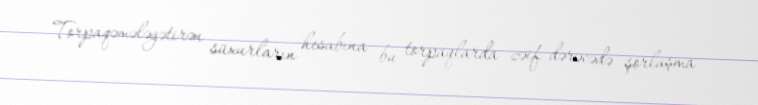
Torpaqəmələgətirən süxurların hesabına bu torpaqlarda zəif dərəcədə şorlaşma